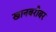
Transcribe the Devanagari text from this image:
खानबरोबर